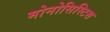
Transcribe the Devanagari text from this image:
मोनोसिस्टिस